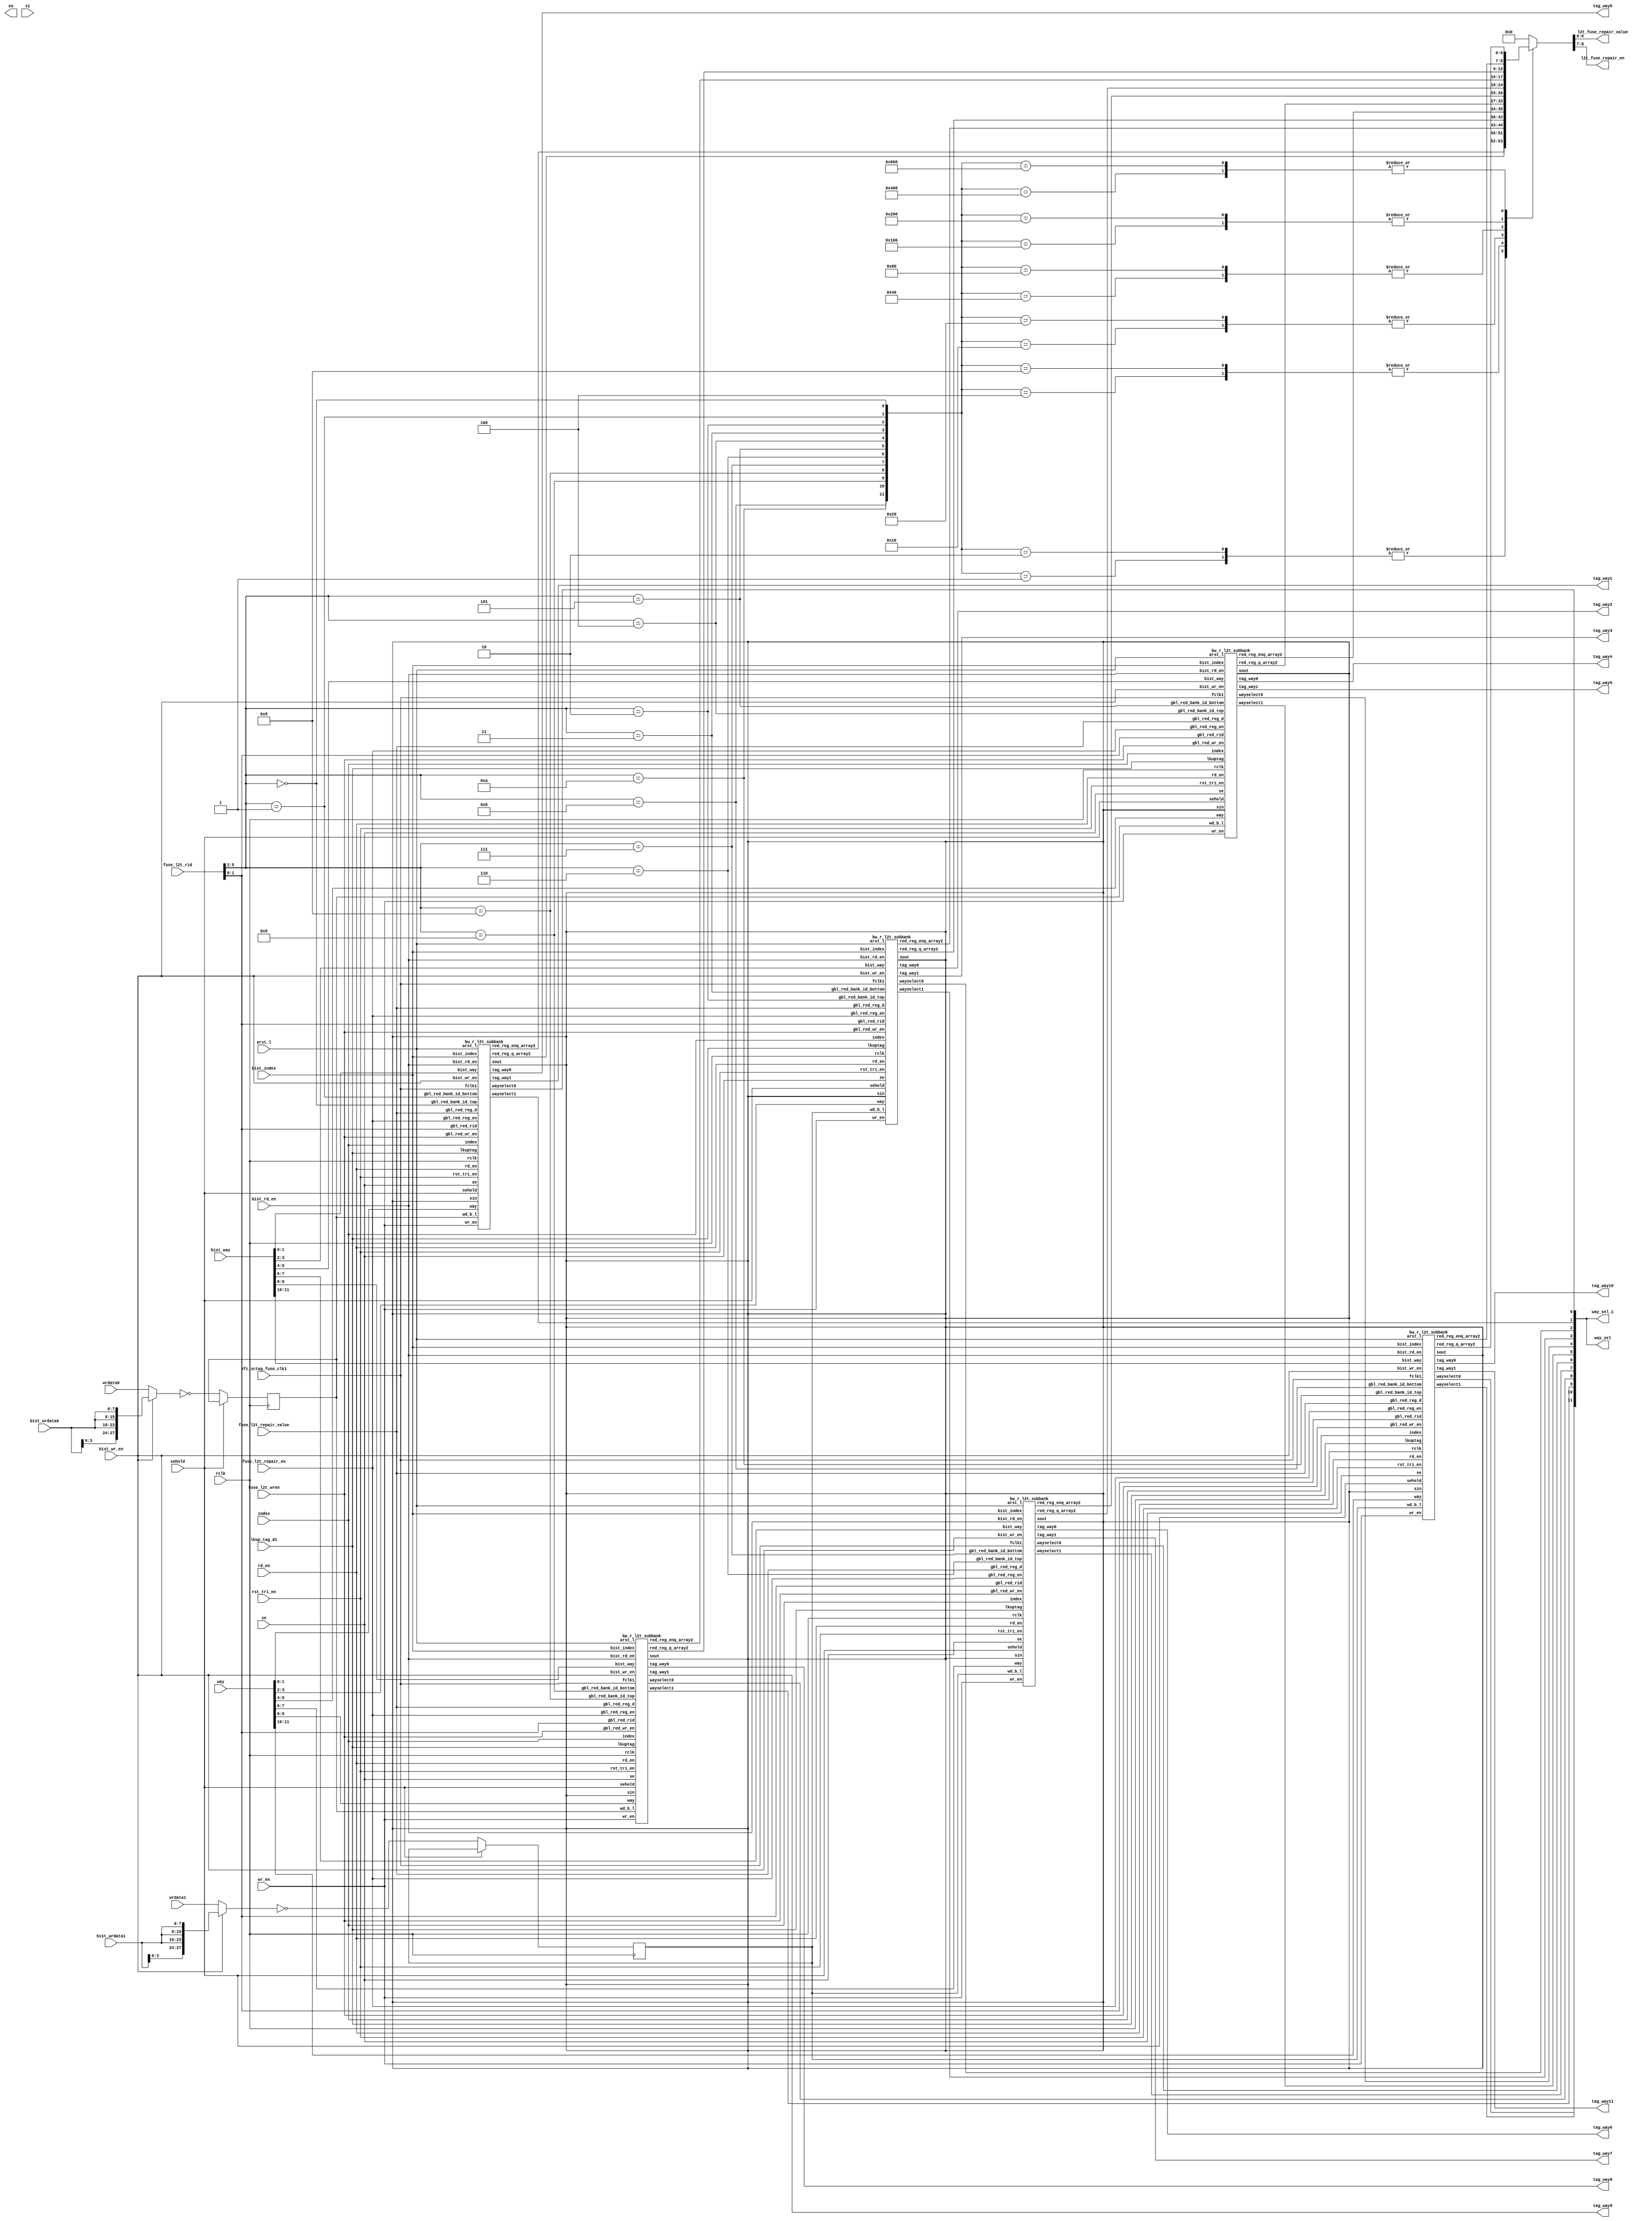
// ========== Copyright Header Begin ==========================================
// 
// OpenSPARC T1 Processor File: bw_r_l2t.v
// Copyright (c) 2006 Sun Microsystems, Inc.  All Rights Reserved.
// DO NOT ALTER OR REMOVE COPYRIGHT NOTICES.
// 
// The above named program is free software; you can redistribute it and/or
// modify it under the terms of the GNU General Public
// License version 2 as published by the Free Software Foundation.
// 
// The above named program is distributed in the hope that it will be 
// useful, but WITHOUT ANY WARRANTY; without even the implied warranty of
// MERCHANTABILITY or FITNESS FOR A PARTICULAR PURPOSE.  See the GNU
// General Public License for more details.
// 
// You should have received a copy of the GNU General Public
// License along with this work; if not, write to the Free Software
// Foundation, Inc., 51 Franklin St, Fifth Floor, Boston, MA 02110-1301, USA.
// 
// ========== Copyright Header End ============================================
////////////////////////////////////////////////////////////////////////
// Local header file includes / local define
// The sctag_pcx*** signals need to be appropriately bound in the
// instantiation made in sctag.v
////////////////////////////////////////////////////////////////////////

module bw_r_l2t( /*AUTOARG*/
   // Outputs
   so, l2t_fuse_repair_value, l2t_fuse_repair_en, way_sel, way_sel_1, 
   tag_way0, tag_way1, tag_way2, tag_way3, tag_way4, tag_way5, 
   tag_way6, tag_way7, tag_way8, tag_way9, tag_way10, tag_way11, 
   // Inputs
   index, bist_index, rd_en, bist_rd_en, way, bist_way, wr_en, 
   bist_wr_en, wrdata0, bist_wrdata0, wrdata1, bist_wrdata1, 
   lkup_tag_d1, rclk, fuse_l2t_wren, fuse_l2t_rid, 
   fuse_l2t_repair_value, fuse_l2t_repair_en, efc_sctag_fuse_clk1, 
   rst_tri_en, si, se, arst_l, sehold
   );

// select xbar

input	[9:0]	index ; // from addrdp
input	[9:0]	bist_index ; // BIST INPUT


input		rd_en ;  // enable from arbctl is speculatively asserted.
input		bist_rd_en ; // BIST INPUT

input	[11:0]	way; // way for a fill/tag write
input	[11:0]	bist_way;// BIST INPUT

input	 	wr_en; // on a fill in px2 or a diag/tecc write.
input		bist_wr_en ; // BIST INPUT

input	[27:0]	wrdata0 ; // wr tag
input	[7:0]	bist_wrdata0 ; // wr tag
input	[27:0]	wrdata1 ; // wr tag
input	[7:0]	bist_wrdata1 ; // wr tag

input	[27:1]	lkup_tag_d1 ; //ecc bits are appended to this tag.

input		rclk;

// input	[3:0]	tag_stm ;  ?? may not be needed.


input          fuse_l2t_wren;          //redundancy reg wr enable, qualified
input [5:0]    fuse_l2t_rid;           //redundancy register id <5:2> == subbank, <1:0> determines row/col red.
input [6:0]    fuse_l2t_repair_value;  //data in for redundancy register  
input [1:0]    fuse_l2t_repair_en;     //enable bits to turn on redundancy
input	       efc_sctag_fuse_clk1;




input		rst_tri_en;
input 		si, se;
output 		so;
input		arst_l;
input		sehold;

output  [6:0]    l2t_fuse_repair_value;  //data out for redundancy register
output  [1:0]    l2t_fuse_repair_en;     //enable bits out

output	[11:0]	way_sel; // compare outputs
output	[11:0]	way_sel_1; // compare outputs

output	[27:0] tag_way0;
output	[27:0] tag_way1;
output	[27:0] tag_way2;
output	[27:0] tag_way3;
output	[27:0] tag_way4;
output	[27:0] tag_way5;
output	[27:0] tag_way6;
output	[27:0] tag_way7;
output	[27:0] tag_way8;
output	[27:0] tag_way9;
output	[27:0] tag_way10;
output	[27:0] tag_way11;

reg	[27:0]	wrdata0_d1_l, wrdata1_d1_l ;
wire	[11:0]	gbl_red_bank_id;
reg	[6:0]	l2t_fuse_repair_value;
reg	[1:0]	l2t_fuse_repair_en;

wire	[6:0]	red_reg_q_ab, red_reg_q_89, red_reg_q_67, red_reg_q_45 ;
wire	[6:0]	red_reg_q_01, red_reg_q_23;
wire	[1:0]	red_reg_enq_ab, red_reg_enq_89, red_reg_enq_67, red_reg_enq_45 ;
wire	[1:0]	red_reg_enq_01, red_reg_enq_23;
wire	[5:0]	wr_en_subbank;
wire	[27:0]	tag_wrdata0_px2, tag_wrdata1_px2 ;

assign  tag_wrdata0_px2 = ( bist_wr_en ) ?  { bist_wrdata0[3:0],
                                          {3{bist_wrdata0[7:0]}} } : wrdata0;

assign  tag_wrdata1_px2 = ( bist_wr_en ) ?  { bist_wrdata1[3:0],
                                          {3{bist_wrdata1[7:0]}} } : wrdata1;

// Inputs that are flopped

always	@(posedge rclk) begin
	wrdata0_d1_l <= (sehold)? wrdata0_d1_l: ~tag_wrdata0_px2 ;
	wrdata1_d1_l <= (sehold)? wrdata1_d1_l: ~tag_wrdata1_px2 ;
end

/* `ifdef	INNO_MUXEX
`else
//----- PURELY FOR VERIFICATION -----------------------
	if(wr_en) begin
		case(way)
			12'b000000000001: ;
			12'b000000000010: ;
			12'b000000000100: ;
			12'b000000001000: ;
			12'b000000010000: ;
			12'b000000100000: ;
			12'b000001000000: ;
			12'b000010000000: ;
			12'b000100000000: ;
			12'b001000000000: ;
			12'b010000000000: ;
			12'b100000000000: ;
			default:
			//`ifdef MODELSIM
			//	$display("L2_TAG_ERR"," way select error %h ", way[11:0]);
			//`else
			//	$error("L2_TAG_ERR"," way select error %h ", way[11:0]); 
			//`endif	
		endcase
	end // of if
//----- PURELY FOR VERIFICATION -----------------------
`endif
end */

assign		way_sel_1 = way_sel ;

assign gbl_red_bank_id[0] = ( fuse_l2t_rid[5:2] == 4'd0) ;
assign gbl_red_bank_id[1] = ( fuse_l2t_rid[5:2] == 4'd1) ;
assign gbl_red_bank_id[2] = ( fuse_l2t_rid[5:2] == 4'd2) ;
assign gbl_red_bank_id[3] = ( fuse_l2t_rid[5:2] == 4'd3) ;
assign gbl_red_bank_id[4] = ( fuse_l2t_rid[5:2] == 4'd4) ;
assign gbl_red_bank_id[5] = ( fuse_l2t_rid[5:2] == 4'd5) ;
assign gbl_red_bank_id[6] = ( fuse_l2t_rid[5:2] == 4'd6) ;
assign gbl_red_bank_id[7] = ( fuse_l2t_rid[5:2] == 4'd7) ;
assign gbl_red_bank_id[8] = ( fuse_l2t_rid[5:2] == 4'd8) ;
assign gbl_red_bank_id[9] = ( fuse_l2t_rid[5:2] == 4'd9) ;
assign gbl_red_bank_id[10] = ( fuse_l2t_rid[5:2] == 4'd10) ;
assign gbl_red_bank_id[11] = ( fuse_l2t_rid[5:2] == 4'd11) ;


//assign	wr_en_subbank[0] = fuse_l2t_wren & ( |(gbl_red_bank_id[1:0]) );
//assign	wr_en_subbank[1] = fuse_l2t_wren & ( |(gbl_red_bank_id[5:4]) );
//assign	wr_en_subbank[2] = fuse_l2t_wren & ( |(gbl_red_bank_id[9:8]) );
//assign	wr_en_subbank[3] = fuse_l2t_wren & ( |(gbl_red_bank_id[3:2]) );
//assign	wr_en_subbank[4] = fuse_l2t_wren & ( |(gbl_red_bank_id[7:6]) );
//assign	wr_en_subbank[5] = fuse_l2t_wren & ( |(gbl_red_bank_id[11:10]) );

// JC modified begin
// Write enable signal goes directly to subbank without any gating circuits.
assign  wr_en_subbank[0] = fuse_l2t_wren;
assign  wr_en_subbank[1] = fuse_l2t_wren;
assign  wr_en_subbank[2] = fuse_l2t_wren;
assign  wr_en_subbank[3] = fuse_l2t_wren;
assign  wr_en_subbank[4] = fuse_l2t_wren;
assign  wr_en_subbank[5] = fuse_l2t_wren;
// JC modified begin



always  @(/*AUTOSENSE*/gbl_red_bank_id or red_reg_enq_01
          or red_reg_enq_23 or red_reg_enq_45 or red_reg_enq_67
          or red_reg_enq_89 or red_reg_enq_ab or red_reg_q_01
          or red_reg_q_23 or red_reg_q_45 or red_reg_q_67
          or red_reg_q_89 or red_reg_q_ab)begin

  	case(gbl_red_bank_id)

	12'b000000000001: begin
		{ l2t_fuse_repair_en[1:0], l2t_fuse_repair_value[6:0]} =
		{ red_reg_enq_01[1:0], red_reg_q_01[6:0] } 	 ;
	end
	12'b000000000010: begin
		{ l2t_fuse_repair_en[1:0], l2t_fuse_repair_value[6:0]} =
		{ red_reg_enq_01[1:0], red_reg_q_01[6:0] } 	 ;
	end
	12'b000000000100: begin
		{ l2t_fuse_repair_en[1:0], l2t_fuse_repair_value[6:0]} =
		{ red_reg_enq_23[1:0], red_reg_q_23[6:0] } 	 ;
	end
	12'b000000001000: begin
		{ l2t_fuse_repair_en[1:0], l2t_fuse_repair_value[6:0]} =
		{ red_reg_enq_23[1:0], red_reg_q_23[6:0] } 	 ;
	end
	12'b000000010000: begin
		{ l2t_fuse_repair_en[1:0], l2t_fuse_repair_value[6:0]} =
		{ red_reg_enq_45[1:0], red_reg_q_45[6:0] } 	 ;
	end
	12'b000000100000: begin
		{ l2t_fuse_repair_en[1:0], l2t_fuse_repair_value[6:0]} =
		{ red_reg_enq_45[1:0], red_reg_q_45[6:0] } 	 ;
	end
	12'b000001000000: begin
		{ l2t_fuse_repair_en[1:0], l2t_fuse_repair_value[6:0]} =
		{ red_reg_enq_67[1:0], red_reg_q_67[6:0] } 	 ;
	end
	12'b000010000000: begin
		{ l2t_fuse_repair_en[1:0], l2t_fuse_repair_value[6:0]} =
		{ red_reg_enq_67[1:0], red_reg_q_67[6:0] } 	 ;
	end
	12'b000100000000: begin
		{ l2t_fuse_repair_en[1:0], l2t_fuse_repair_value[6:0]} =
		{ red_reg_enq_89[1:0], red_reg_q_89[6:0] } 	 ;
	end
	12'b001000000000: begin
		{ l2t_fuse_repair_en[1:0], l2t_fuse_repair_value[6:0]} =
		{ red_reg_enq_89[1:0], red_reg_q_89[6:0] } 	 ;
	end
	12'b010000000000: begin
		{ l2t_fuse_repair_en[1:0], l2t_fuse_repair_value[6:0]} =
		{ red_reg_enq_ab[1:0], red_reg_q_ab[6:0] } 	 ;
	end
	12'b100000000000: begin
		{ l2t_fuse_repair_en[1:0], l2t_fuse_repair_value[6:0]} =
		{ red_reg_enq_ab[1:0], red_reg_q_ab[6:0] } 	 ;
	end

        default: begin
// JC added begin
// remove implicit latch.
                { l2t_fuse_repair_en[1:0], l2t_fuse_repair_value[6:0]} = 9'b0;
// JCadded end

		 end

	endcase

end

/* bw_r_l2t_subbank 	AUTO_TEMPLATE	 (
                            // Outputs
                            .wayselect0 (way_sel[0]),
                            .wayselect1 (way_sel[1]),
                            .tag_way0   (tag_way0[27:0]),
                            .tag_way1   (tag_way1[27:0]),
                            .red_reg_q_array2(red_reg_q_01[6:0]),
                            .red_reg_enq_array2(red_reg_enq_01[1:0]),
                            // Inputs
                            .way        (way[1:0]),
                            .bist_way   (bist_way[1:0]),
                            .wd_b_l     (wrdata0_d1_l[27:0]),
                            .lkuptag    (lkup_tag_d1[27:1]),
                            .rclk       (rclk),
                            .sehold     (sehold),
                            .se         (se),
                            .sin        (),
                            .sout        (),
                            .rst_tri_en (rst_tri_en),
                            .arst_l     (arst_l),
                            .gbl_red_rid(fuse_l2t_rid[1:0]),
                            .gbl_red_reg_en(fuse_l2t_repair_en[1:0]),
                            .gbl_red_reg_d(fuse_l2t_repair_value[6:0]),
                            .fclk1      (efc_sctag_fuse_clk1),
                            .gbl_red_bank_id_top(gbl_red_bank_id[0]),
                            .gbl_red_bank_id_bottom(gbl_red_bank_id[1]),
                            .gbl_red_wr_en(wr_en_subbank[0]));

*/

 bw_r_l2t_subbank 	subbank01(/*AUTOINST*/
                              // Outputs
                              .sout     (),                      // Templated
                              .wayselect0(way_sel[0]),           // Templated
                              .wayselect1(way_sel[1]),           // Templated
                              .tag_way0 (tag_way0[27:0]),        // Templated
                              .tag_way1 (tag_way1[27:0]),        // Templated
                              .red_reg_q_array2(red_reg_q_01[6:0]), // Templated
                              .red_reg_enq_array2(red_reg_enq_01[1:0]), // Templated
                              // Inputs
                              .index    (index[9:0]),
                              .bist_index(bist_index[9:0]),
                              .wr_en    (wr_en),
                              .bist_wr_en(bist_wr_en),
                              .rd_en    (rd_en),
                              .bist_rd_en(bist_rd_en),
                              .way      (way[1:0]),              // Templated
                              .bist_way (bist_way[1:0]),         // Templated
                              .wd_b_l   (wrdata0_d1_l[27:0]),    // Templated
                              .lkuptag  (lkup_tag_d1[27:1]),     // Templated
                              .rclk     (rclk),                  // Templated
                              .sehold   (sehold),                // Templated
                              .se       (se),                    // Templated
                              .sin      (),                      // Templated
                              .rst_tri_en(rst_tri_en),           // Templated
                              .arst_l   (arst_l),                // Templated
                              .gbl_red_rid(fuse_l2t_rid[1:0]),   // Templated
                              .gbl_red_reg_en(fuse_l2t_repair_en[1:0]), // Templated
                              .gbl_red_reg_d(fuse_l2t_repair_value[6:0]), // Templated
                              .fclk1    (efc_sctag_fuse_clk1),   // Templated
                              .gbl_red_bank_id_top(gbl_red_bank_id[0]), // Templated
                              .gbl_red_bank_id_bottom(gbl_red_bank_id[1]), // Templated
                              .gbl_red_wr_en(wr_en_subbank[0]));  // Templated

/* bw_r_l2t_subbank     AUTO_TEMPLATE    (
                            // Outputs
                            .wayselect0 (way_sel[4]),
                            .wayselect1 (way_sel[5]),
                            .tag_way0   (tag_way4[27:0]),
                            .tag_way1   (tag_way5[27:0]),
                            .red_reg_q_array2(red_reg_q_45[6:0]),
                            .red_reg_enq_array2(red_reg_enq_45[1:0]),
                            // Inputs
                            .way        (way[5:4]),
                            .bist_way   (bist_way[5:4]),
                            .wd_b_l     (wrdata0_d1_l[27:0]),
                            .lkuptag    (lkup_tag_d1[27:1]),
                            .rclk       (rclk),
                            .sehold     (sehold),
                            .se         (se),
                            .sin        (),
                            .sout        (),
                            .rst_tri_en (rst_tri_en),
                            .arst_l     (arst_l),
                            .gbl_red_rid(fuse_l2t_rid[1:0]),
                            .gbl_red_reg_en(fuse_l2t_repair_en[1:0]),
                            .gbl_red_reg_d(fuse_l2t_repair_value[6:0]),
                            .fclk1      (efc_sctag_fuse_clk1),
                            .gbl_red_bank_id_top(gbl_red_bank_id[4]),
                            .gbl_red_bank_id_bottom(gbl_red_bank_id[5]),
                            .gbl_red_wr_en(wr_en_subbank[1]));

*/

 bw_r_l2t_subbank 	subbank45(/*AUTOINST*/
                              // Outputs
                              .sout     (),                      // Templated
                              .wayselect0(way_sel[4]),           // Templated
                              .wayselect1(way_sel[5]),           // Templated
                              .tag_way0 (tag_way4[27:0]),        // Templated
                              .tag_way1 (tag_way5[27:0]),        // Templated
                              .red_reg_q_array2(red_reg_q_45[6:0]), // Templated
                              .red_reg_enq_array2(red_reg_enq_45[1:0]), // Templated
                              // Inputs
                              .index    (index[9:0]),
                              .bist_index(bist_index[9:0]),
                              .wr_en    (wr_en),
                              .bist_wr_en(bist_wr_en),
                              .rd_en    (rd_en),
                              .bist_rd_en(bist_rd_en),
                              .way      (way[5:4]),              // Templated
                              .bist_way (bist_way[5:4]),         // Templated
                              .wd_b_l   (wrdata0_d1_l[27:0]),    // Templated
                              .lkuptag  (lkup_tag_d1[27:1]),     // Templated
                              .rclk     (rclk),                  // Templated
                              .sehold   (sehold),                // Templated
                              .se       (se),                    // Templated
                              .sin      (),                      // Templated
                              .rst_tri_en(rst_tri_en),           // Templated
                              .arst_l   (arst_l),                // Templated
                              .gbl_red_rid(fuse_l2t_rid[1:0]),   // Templated
                              .gbl_red_reg_en(fuse_l2t_repair_en[1:0]), // Templated
                              .gbl_red_reg_d(fuse_l2t_repair_value[6:0]), // Templated
                              .fclk1    (efc_sctag_fuse_clk1),   // Templated
                              .gbl_red_bank_id_top(gbl_red_bank_id[4]), // Templated
                              .gbl_red_bank_id_bottom(gbl_red_bank_id[5]), // Templated
                              .gbl_red_wr_en(wr_en_subbank[1]));  // Templated

/* bw_r_l2t_subbank     AUTO_TEMPLATE    (
                            // Outputs
                            .wayselect0 (way_sel[8]),
                            .wayselect1 (way_sel[9]),
                            .tag_way0   (tag_way8[27:0]),
                            .tag_way1   (tag_way9[27:0]),
                            .red_reg_q_array2(red_reg_q_89[6:0]),
                            .red_reg_enq_array2(red_reg_enq_89[1:0]),
                            // Inputs
                            .way        (way[9:8]),
                            .bist_way   (bist_way[9:8]),
                            .wd_b_l     (wrdata0_d1_l[27:0]),
                            .lkuptag    (lkup_tag_d1[27:1]),
                            .rclk       (rclk),
                            .sehold     (sehold),
                            .se         (se),
                            .sin        (),
                            .sout        (),
                            .rst_tri_en (rst_tri_en),
                            .arst_l     (arst_l),
                            .gbl_red_rid(fuse_l2t_rid[1:0]),
                            .gbl_red_reg_en(fuse_l2t_repair_en[1:0]),
                            .gbl_red_reg_d(fuse_l2t_repair_value[6:0]),
                            .fclk1      (efc_sctag_fuse_clk1),
                            .gbl_red_bank_id_top(gbl_red_bank_id[8]),
                            .gbl_red_bank_id_bottom(gbl_red_bank_id[9]),
                            .gbl_red_wr_en(wr_en_subbank[2]));

*/


 bw_r_l2t_subbank 	subbank89(/*AUTOINST*/
                              // Outputs
                              .sout     (),                      // Templated
                              .wayselect0(way_sel[8]),           // Templated
                              .wayselect1(way_sel[9]),           // Templated
                              .tag_way0 (tag_way8[27:0]),        // Templated
                              .tag_way1 (tag_way9[27:0]),        // Templated
                              .red_reg_q_array2(red_reg_q_89[6:0]), // Templated
                              .red_reg_enq_array2(red_reg_enq_89[1:0]), // Templated
                              // Inputs
                              .index    (index[9:0]),
                              .bist_index(bist_index[9:0]),
                              .wr_en    (wr_en),
                              .bist_wr_en(bist_wr_en),
                              .rd_en    (rd_en),
                              .bist_rd_en(bist_rd_en),
                              .way      (way[9:8]),              // Templated
                              .bist_way (bist_way[9:8]),         // Templated
                              .wd_b_l   (wrdata0_d1_l[27:0]),    // Templated
                              .lkuptag  (lkup_tag_d1[27:1]),     // Templated
                              .rclk     (rclk),                  // Templated
                              .sehold   (sehold),                // Templated
                              .se       (se),                    // Templated
                              .sin      (),                      // Templated
                              .rst_tri_en(rst_tri_en),           // Templated
                              .arst_l   (arst_l),                // Templated
                              .gbl_red_rid(fuse_l2t_rid[1:0]),   // Templated
                              .gbl_red_reg_en(fuse_l2t_repair_en[1:0]), // Templated
                              .gbl_red_reg_d(fuse_l2t_repair_value[6:0]), // Templated
                              .fclk1    (efc_sctag_fuse_clk1),   // Templated
                              .gbl_red_bank_id_top(gbl_red_bank_id[8]), // Templated
                              .gbl_red_bank_id_bottom(gbl_red_bank_id[9]), // Templated
                              .gbl_red_wr_en(wr_en_subbank[2]));  // Templated

/* bw_r_l2t_subbank     AUTO_TEMPLATE    (
                            // Outputs
                            .wayselect0 (way_sel[2]),
                            .wayselect1 (way_sel[3]),
                            .tag_way0   (tag_way2[27:0]),
                            .tag_way1   (tag_way3[27:0]),
                            .red_reg_q_array2(red_reg_q_23[6:0]),
                            .red_reg_enq_array2(red_reg_enq_23[1:0]),
                            // Inputs
                            .way        (way[3:2]),
                            .bist_way   (bist_way[3:2]),
                            .wd_b_l     (wrdata1_d1_l[27:0]),
                            .lkuptag    (lkup_tag_d1[27:1]),
                            .rclk       (rclk),
                            .sehold     (sehold),
                            .se         (se),
                            .sin        (),
                            .sout        (),
                            .rst_tri_en (rst_tri_en),
                            .arst_l     (arst_l),
                            .gbl_red_rid(fuse_l2t_rid[1:0]),
                            .gbl_red_reg_en(fuse_l2t_repair_en[1:0]),
                            .gbl_red_reg_d(fuse_l2t_repair_value[6:0]),
                            .fclk1      (efc_sctag_fuse_clk1),
                            .gbl_red_bank_id_top(gbl_red_bank_id[2]),
                            .gbl_red_bank_id_bottom(gbl_red_bank_id[3]),
                            .gbl_red_wr_en(wr_en_subbank[3]));

*/

 bw_r_l2t_subbank 	subbank23(/*AUTOINST*/
                              // Outputs
                              .sout     (),                      // Templated
                              .wayselect0(way_sel[2]),           // Templated
                              .wayselect1(way_sel[3]),           // Templated
                              .tag_way0 (tag_way2[27:0]),        // Templated
                              .tag_way1 (tag_way3[27:0]),        // Templated
                              .red_reg_q_array2(red_reg_q_23[6:0]), // Templated
                              .red_reg_enq_array2(red_reg_enq_23[1:0]), // Templated
                              // Inputs
                              .index    (index[9:0]),
                              .bist_index(bist_index[9:0]),
                              .wr_en    (wr_en),
                              .bist_wr_en(bist_wr_en),
                              .rd_en    (rd_en),
                              .bist_rd_en(bist_rd_en),
                              .way      (way[3:2]),              // Templated
                              .bist_way (bist_way[3:2]),         // Templated
                              .wd_b_l   (wrdata1_d1_l[27:0]),    // Templated
                              .lkuptag  (lkup_tag_d1[27:1]),     // Templated
                              .rclk     (rclk),                  // Templated
                              .sehold   (sehold),                // Templated
                              .se       (se),                    // Templated
                              .sin      (),                      // Templated
                              .rst_tri_en(rst_tri_en),           // Templated
                              .arst_l   (arst_l),                // Templated
                              .gbl_red_rid(fuse_l2t_rid[1:0]),   // Templated
                              .gbl_red_reg_en(fuse_l2t_repair_en[1:0]), // Templated
                              .gbl_red_reg_d(fuse_l2t_repair_value[6:0]), // Templated
                              .fclk1    (efc_sctag_fuse_clk1),   // Templated
                              .gbl_red_bank_id_top(gbl_red_bank_id[2]), // Templated
                              .gbl_red_bank_id_bottom(gbl_red_bank_id[3]), // Templated
                              .gbl_red_wr_en(wr_en_subbank[3]));  // Templated

/* bw_r_l2t_subbank     AUTO_TEMPLATE    (
                            // Outputs
                            .wayselect0 (way_sel[6]),
                            .wayselect1 (way_sel[7]),
                            .tag_way0   (tag_way6[27:0]),
                            .tag_way1   (tag_way7[27:0]),
                            .red_reg_q_array2(red_reg_q_67[6:0]),
                            .red_reg_enq_array2(red_reg_enq_67[1:0]),
                            // Inputs
                            .way        (way[7:6]),
                            .bist_way   (bist_way[7:6]),
                            .wd_b_l     (wrdata1_d1_l[27:0]),
                            .lkuptag    (lkup_tag_d1[27:1]),
                            .rclk       (rclk),
                            .sehold     (sehold),
                            .se         (se),
                            .sin        (),
                            .sout        (),
                            .rst_tri_en (rst_tri_en),
                            .arst_l     (arst_l),
                            .gbl_red_rid(fuse_l2t_rid[1:0]),
                            .gbl_red_reg_en(fuse_l2t_repair_en[1:0]),
                            .gbl_red_reg_d(fuse_l2t_repair_value[6:0]),
                            .fclk1      (efc_sctag_fuse_clk1),
                            .gbl_red_bank_id_top(gbl_red_bank_id[6]),
                            .gbl_red_bank_id_bottom(gbl_red_bank_id[7]),
                            .gbl_red_wr_en(wr_en_subbank[4]));

*/

 bw_r_l2t_subbank       subbank67(/*AUTOINST*/
                                  // Outputs
                                  .sout (),                      // Templated
                                  .wayselect0(way_sel[6]),       // Templated
                                  .wayselect1(way_sel[7]),       // Templated
                                  .tag_way0(tag_way6[27:0]),     // Templated
                                  .tag_way1(tag_way7[27:0]),     // Templated
                                  .red_reg_q_array2(red_reg_q_67[6:0]), // Templated
                                  .red_reg_enq_array2(red_reg_enq_67[1:0]), // Templated
                                  // Inputs
                                  .index(index[9:0]),
                                  .bist_index(bist_index[9:0]),
                                  .wr_en(wr_en),
                                  .bist_wr_en(bist_wr_en),
                                  .rd_en(rd_en),
                                  .bist_rd_en(bist_rd_en),
                                  .way  (way[7:6]),              // Templated
                                  .bist_way(bist_way[7:6]),      // Templated
                                  .wd_b_l(wrdata1_d1_l[27:0]),   // Templated
                                  .lkuptag(lkup_tag_d1[27:1]),   // Templated
                                  .rclk (rclk),                  // Templated
                                  .sehold(sehold),               // Templated
                                  .se   (se),                    // Templated
                                  .sin  (),                      // Templated
                                  .rst_tri_en(rst_tri_en),       // Templated
                                  .arst_l(arst_l),               // Templated
                                  .gbl_red_rid(fuse_l2t_rid[1:0]), // Templated
                                  .gbl_red_reg_en(fuse_l2t_repair_en[1:0]), // Templated
                                  .gbl_red_reg_d(fuse_l2t_repair_value[6:0]), // Templated
                                  .fclk1(efc_sctag_fuse_clk1),   // Templated
                                  .gbl_red_bank_id_top(gbl_red_bank_id[6]), // Templated
                                  .gbl_red_bank_id_bottom(gbl_red_bank_id[7]), // Templated
                                  .gbl_red_wr_en(wr_en_subbank[4])); // Templated

/* bw_r_l2t_subbank     AUTO_TEMPLATE    (
                            // Outputs
                            .wayselect0 (way_sel[10]),
                            .wayselect1 (way_sel[11]),
                            .tag_way0   (tag_way10[27:0]),
                            .tag_way1   (tag_way11[27:0]),
                            .red_reg_q_array2(red_reg_q_ab[6:0]),
                            .red_reg_enq_array2(red_reg_enq_ab[1:0]),
                            // Inputs
                            .way        (way[11:10]),
                            .bist_way   (bist_way[11:10]),
                            .wd_b_l     (wrdata1_d1_l[27:0]),
                            .lkuptag    (lkup_tag_d1[27:1]),
                            .rclk       (rclk),
                            .sehold     (sehold),
                            .se         (se),
                            .sin        (),
                            .sout        (),
                            .rst_tri_en (rst_tri_en),
                            .arst_l     (arst_l),
                            .gbl_red_rid(fuse_l2t_rid[1:0]),
                            .gbl_red_reg_en(fuse_l2t_repair_en[1:0]),
                            .gbl_red_reg_d(fuse_l2t_repair_value[6:0]),
                            .fclk1      (efc_sctag_fuse_clk1),
                            .gbl_red_bank_id_top(gbl_red_bank_id[10]),
                            .gbl_red_bank_id_bottom(gbl_red_bank_id[11]),
                            .gbl_red_wr_en(wr_en_subbank[5]));

*/

 bw_r_l2t_subbank       subbankab(/*AUTOINST*/
                                  // Outputs
                                  .sout (),                      // Templated
                                  .wayselect0(way_sel[10]),      // Templated
                                  .wayselect1(way_sel[11]),      // Templated
                                  .tag_way0(tag_way10[27:0]),    // Templated
                                  .tag_way1(tag_way11[27:0]),    // Templated
                                  .red_reg_q_array2(red_reg_q_ab[6:0]), // Templated
                                  .red_reg_enq_array2(red_reg_enq_ab[1:0]), // Templated
                                  // Inputs
                                  .index(index[9:0]),
                                  .bist_index(bist_index[9:0]),
                                  .wr_en(wr_en),
                                  .bist_wr_en(bist_wr_en),
                                  .rd_en(rd_en),
                                  .bist_rd_en(bist_rd_en),
                                  .way  (way[11:10]),            // Templated
                                  .bist_way(bist_way[11:10]),    // Templated
                                  .wd_b_l(wrdata1_d1_l[27:0]),   // Templated
                                  .lkuptag(lkup_tag_d1[27:1]),   // Templated
                                  .rclk (rclk),                  // Templated
                                  .sehold(sehold),               // Templated
                                  .se   (se),                    // Templated
                                  .sin  (),                      // Templated
                                  .rst_tri_en(rst_tri_en),       // Templated
                                  .arst_l(arst_l),               // Templated
                                  .gbl_red_rid(fuse_l2t_rid[1:0]), // Templated
                                  .gbl_red_reg_en(fuse_l2t_repair_en[1:0]), // Templated
                                  .gbl_red_reg_d(fuse_l2t_repair_value[6:0]), // Templated
                                  .fclk1(efc_sctag_fuse_clk1),   // Templated
                                  .gbl_red_bank_id_top(gbl_red_bank_id[10]), // Templated
                                  .gbl_red_bank_id_bottom(gbl_red_bank_id[11]), // Templated
                                  .gbl_red_wr_en(wr_en_subbank[5])); // Templated


endmodule





module	bw_r_l2t_subbank(/*AUTOARG*/
   // Outputs
   sout, wayselect0, wayselect1, tag_way0, tag_way1, 
   red_reg_q_array2, red_reg_enq_array2, 
   // Inputs
   index, bist_index, wr_en, bist_wr_en, rd_en, bist_rd_en, way, 
   bist_way, wd_b_l, lkuptag, rclk, sehold, se, sin, rst_tri_en, 
   arst_l, gbl_red_rid, gbl_red_reg_en, gbl_red_reg_d, fclk1, 
   gbl_red_bank_id_top, gbl_red_bank_id_bottom, gbl_red_wr_en
   );

// !!! Changed gbl_red_wren to gbl_red_wr_en as it is in schematic !!!

//////////////
// INPUTS
//////////////

input	[9:0]	index;
input	[9:0]	bist_index;
input		wr_en;
input		bist_wr_en;
input		rd_en;
input		bist_rd_en;
input	[1:0]	way;
input	[1:0]	bist_way;

input	[27:0]	wd_b_l ; //inverted data. not flopped here
input	[27:1]	lkuptag; //not flopped here

input		rclk;
input		sehold;
input		se;
input		sin;
input		rst_tri_en;

// not coded in the spec
// arst function

input		arst_l;  // redundancy registers.

input	[1:0]	gbl_red_rid;

input	[1:0]	gbl_red_reg_en;
input	[6:0]	gbl_red_reg_d;

input		fclk1;
input		gbl_red_bank_id_top;
input		gbl_red_bank_id_bottom;

input		gbl_red_wr_en ;

// !!! Changed gbl_red_wren to gbl_red_wr_en as it is in schematic !!!



//////////////
// OUTPUTS
//////////////

output 		sout;
output		wayselect0;
output		wayselect1;

output	[27:0]	tag_way0 ;
output	[27:0]	tag_way1 ;


output	[6:0]	red_reg_q_array2;
output	[1:0]	red_reg_enq_array2;

// !!! Taken out ssclk !!!

// !!! Registering all tag outputs including wayselect as it is how implemented in design !!!
wire		temp_wayselect0; //Registering wayselect signal 
wire		temp_wayselect1; //Registering wayselect signal

reg		wayselect0; // Registering wayselect signal
reg		wayselect1; // Registering wayselect signal

reg	[27:0]	temp_tag_way0 ; // Registering tag read out data 
reg	[27:0]	temp_tag_way1 ; // Registering tag read out data
// !!! Registering all tag outputs including wayselect as it is how implemented in design !!!

reg	[9:0]	index_d1; 
reg	[1:0]	way_d1;
reg		wren_d1, rden_d1 ;
reg             [27:0]  way0[1023:0] ;
reg             [27:0]  way1[1023:0] ;
reg	[27:0]	tag_way0, tag_way1 ;

// JC modified begin
// the size of row redundant register is 1 bit smaller than
// the size of column one.
reg    [7:0]   rid_subbank0_reg0 ;
reg    [7:0]   rid_subbank0_reg1 ;
// JC modified end
reg    [8:0]   rid_subbank0_reg2 ;
reg    [8:0]   rid_subbank0_reg3 ;

// JC modified begin
reg    [7:0]   rid_subbank1_reg0 ;
reg    [7:0]   rid_subbank1_reg1 ;
// JC modified end

reg    [8:0]   rid_subbank1_reg2 ;
reg    [8:0]   rid_subbank1_reg3 ;

reg [1:0]	red_reg_enq_array2;
reg [6:0]	red_reg_q_array2;
wire	[3:0]	red_reg;


////////////////////////////
// REDUNDANCY LOGIC
////////////////////////////
assign	red_reg = { gbl_red_bank_id_top, gbl_red_bank_id_bottom, gbl_red_rid[1:0] };

// JC modified begin
// The following modification include
// 1. the size of row redundant register changes.
// 2. the redundant output does not gate with clock



always	@(posedge fclk1 or negedge arst_l ) begin

	if(!arst_l) begin
		rid_subbank0_reg0 = 8'b0 ;
		rid_subbank0_reg1 = 8'b0 ;
		rid_subbank0_reg2 = 9'b0 ;
		rid_subbank0_reg3 = 9'b0 ;
		rid_subbank1_reg0 = 8'b0 ;
		rid_subbank1_reg1 = 8'b0 ;
		rid_subbank1_reg2 = 9'b0 ;
		rid_subbank1_reg3 = 9'b0 ;
	end
	
	 else if(gbl_red_wr_en) begin
                case(red_reg)

                4'b1000:        rid_subbank0_reg0 = {gbl_red_reg_d[5:0], gbl_red_reg_en[1:0]};

                4'b1001:        rid_subbank0_reg1 = {gbl_red_reg_d[5:0], gbl_red_reg_en[1:0]};

                4'b1010:        rid_subbank0_reg2 = {gbl_red_reg_d[6:0], gbl_red_reg_en[1:0]};

                4'b1011:        rid_subbank0_reg3 = {gbl_red_reg_d[6:0], gbl_red_reg_en[1:0]};

                4'b0100:        rid_subbank1_reg0 = {gbl_red_reg_d[5:0], gbl_red_reg_en[1:0]};

                4'b0101:        rid_subbank1_reg1 = {gbl_red_reg_d[5:0], gbl_red_reg_en[1:0]};

                4'b0110:        rid_subbank1_reg2 = {gbl_red_reg_d[6:0], gbl_red_reg_en[1:0]};

                4'b0111:        rid_subbank1_reg3 = {gbl_red_reg_d[6:0], gbl_red_reg_en[1:0]};

                default: ; // Do nothing

                endcase
        end // of else if

end // of always

always  @( red_reg or rid_subbank0_reg0 or rid_subbank0_reg1 or rid_subbank0_reg2 or rid_subbank0_reg3 or
           rid_subbank1_reg0 or rid_subbank1_reg1 or rid_subbank1_reg2 or rid_subbank1_reg3) begin

                case(red_reg)

                4'b1000:
                { red_reg_q_array2, red_reg_enq_array2 }  = {1'b0,rid_subbank0_reg0};

                4'b1001:
                { red_reg_q_array2, red_reg_enq_array2 }  = {1'b0,rid_subbank0_reg1};

                4'b1010:
                { red_reg_q_array2, red_reg_enq_array2 }  = rid_subbank0_reg2;

                4'b1011:
                { red_reg_q_array2, red_reg_enq_array2 }  = rid_subbank0_reg3;

                4'b0100:
                { red_reg_q_array2, red_reg_enq_array2 }  = {1'b0,rid_subbank1_reg0};

                4'b0101:
                { red_reg_q_array2, red_reg_enq_array2 }  = {1'b0,rid_subbank1_reg1};

                4'b0110:
                { red_reg_q_array2, red_reg_enq_array2 }  = rid_subbank1_reg2;

                4'b0111:
                { red_reg_q_array2, red_reg_enq_array2 }  = rid_subbank1_reg3;

                default:
                { red_reg_q_array2, red_reg_enq_array2 }  = 9'b0;

                endcase
end


always	@(posedge rclk) begin

	index_d1 <= 	( sehold) ? index_d1 :
		( bist_wr_en | bist_rd_en ) ? bist_index : index ;
	way_d1	<= 	(sehold)? way_d1 :
		( bist_wr_en | bist_rd_en ) ? bist_way : way ;
	wren_d1 <= 	( sehold)? wren_d1 :
		( bist_wr_en | wr_en ) ;
	rden_d1 <= 	( sehold)? rden_d1 :  
		( bist_rd_en | rd_en );

end

// !!! Flopping output signals !!!
always	@(posedge rclk) begin
        wayselect0 <= temp_wayselect0;
        wayselect1 <= temp_wayselect1;
	tag_way0 <= temp_tag_way0;
	tag_way1 <= temp_tag_way1;
end
// !!! Flopping output signals !!!

////////////////////////////////
// COMPARE OPERATION 
////////////////////////////////

// !!! Also, we are gating wayselect with rd_en so, in other cycles (write or no op)
// all wayselect signals are miss. !!!
 
assign	temp_wayselect0 = (rden_d1) ? ( lkuptag == temp_tag_way0[27:1] ) : 0 ;
assign	temp_wayselect1 = (rden_d1) ? ( lkuptag == temp_tag_way1[27:1] ) : 0 ;

////////////////////////////////
// READ OPERATION
////////////////////////////////
always	@( /*AUTOSENSE*/ /*memory or*/ index_d1 or rden_d1
          or rst_tri_en or wren_d1) begin
/*
`ifdef	INNO_MUXEX
`else
	if(wren_d1==1'bx) begin
		`ifdef MODELSIM
		       $display("L2_TAG_ERR"," wr en error %b ", wren_d1);
		//`else	   
     //          $error("L2_TAG_ERR"," wr en error %b ", wren_d1);
		`endif	   
        end
`endif
*/

        if( rden_d1)  begin
/*
`ifdef  INNO_MUXEX
`else
//----- PURELY FOR VERIFICATION -----------------------
         if(index_d1==10'bx) begin
		`ifdef MODELSIM
                $display("L2_TAG_ERR"," index error %h ", index_d1[9:0]);
		//`else		
    //            $error("L2_TAG_ERR"," index error %h ", index_d1[9:0]);
		`endif		
         end
//----- PURELY FOR VERIFICATION -----------------------
`endif
*/
              if( wren_d1 ) 	begin
                temp_tag_way0 = temp_tag_way0;
                temp_tag_way1 = temp_tag_way1;
              end
              else	begin
                temp_tag_way0 = way0[index_d1] ;
                temp_tag_way1 = way1[index_d1] ;
              end

        end // of if rden_d1

        else  begin
// !!! When Tag is in write or no-op cycles, all output will be "0" since SAs are precharged !!!

                temp_tag_way0 = 0;
                temp_tag_way1 = 0;

        end

end

////////////////////////////////
// WRITE OPERATION 
////////////////////////////////
always	@(negedge rclk ) begin
        if( wren_d1 & ~rst_tri_en) begin
/*
`ifdef	INNO_MUXEX
`else
//----- PURELY FOR VERIFICATION -----------------------
          if(index_d1==10'bx) begin
		`ifdef MODELSIM  
                $display("L2_TAG_ERR"," index error %h ", index_d1[9:0]);
		//`else
    //            $error("L2_TAG_ERR"," index error %h ", index_d1[9:0]);
		`endif		
          end
//----- PURELY FOR VERIFICATION -----------------------
`endif
*/	       
// !!! When Tag is in write or no-op cycles, all output will be "0" since SAs are precharged !!!

                //temp_tag_way0 = 0;
                //temp_tag_way1 = 0;

                case(way_d1)
                2'b01 : begin
                                way0[index_d1] = ~wd_b_l;
                          end
                2'b10 : begin
                                way1[index_d1] = ~wd_b_l;
			  end

		default: ; 
                endcase
   	 end
end












endmodule